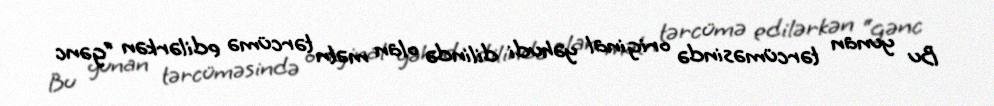
Bu yunan tərcüməsində original yəhudi dilində olan mətn tərcümə edilərkən “gənc